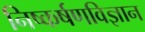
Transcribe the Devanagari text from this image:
निष्कर्षणविज्ञान